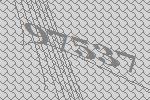
97537